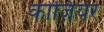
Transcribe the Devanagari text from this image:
कोज़ियर